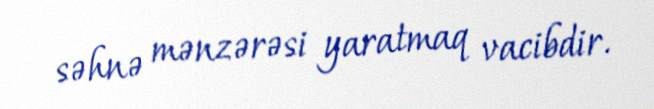
səhnə mənzərəsi yaratmaq vacibdir.